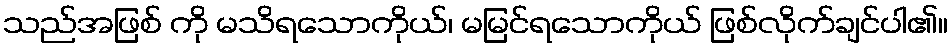
သည်အဖြစ် ကို မသိရသောကိုယ်၊ မမြင်ရသောကိုယ် ဖြစ်လိုက်ချင်ပါ၏။